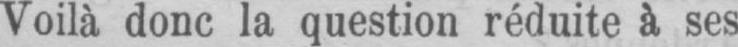
Voilà donc la question réduite à ses